Document type: Grant
Year: 1403
Scribe: Berenguer Pedrosell
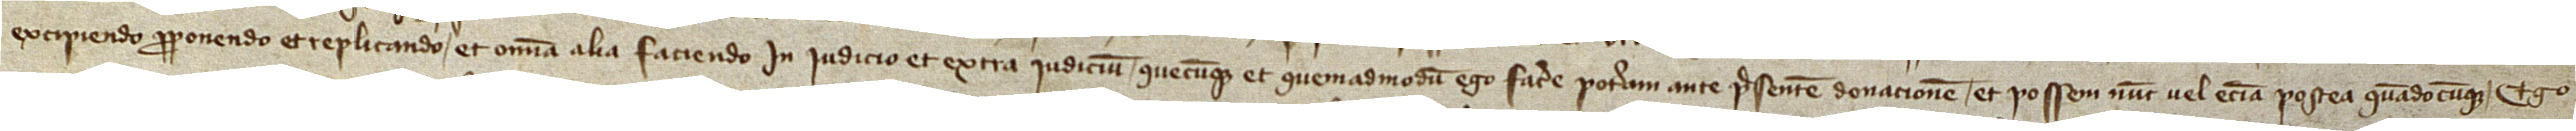
excipiendo, proponendo et replicando et omnia alia faciendo, in iudicio et extra iudicium, quecumque et quemadmodum ego facere poteram ante presentem donacionem, et possem nunc vel etiam postea quandocumque. Ego